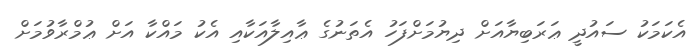
އެކަމަކު ސައުދީ ޢަރަބިޔާއަށް ދިޔުމަށްފަހު އެތަނުގެ ޢާއިލާއަކާއި އެކު މައްކާ އަށް ޢުމްރާވުމަށް